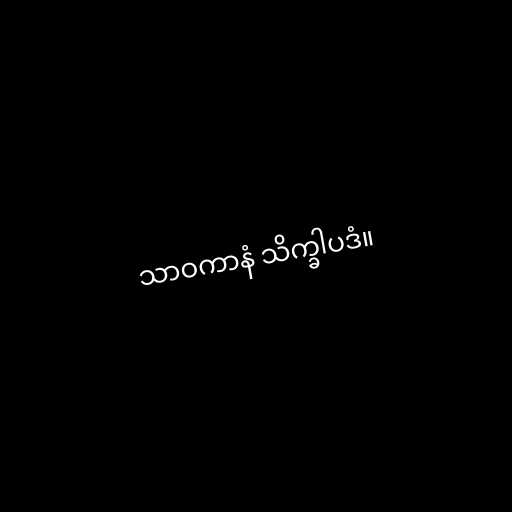
သာဝကာနံ သိက္ခါပဒံ။